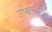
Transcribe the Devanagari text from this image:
उष्मास्थैतिक